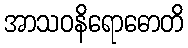
အာသဝနိရောဓောတိ